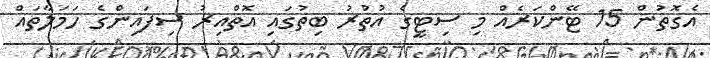
އެގޮތުން 15 ޓޭންކަރެއް މި ސިޓީގެ އުތުރު ބިތުގައި އޮތްއިރު ސިފައިންގެ ހަމަލާތައް